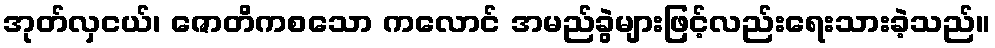
အုတ်လှငယ်၊ ဇောတိကစသော ကလောင် အမည်ခွဲများဖြင့်လည်းရေးသားခဲ့သည်။